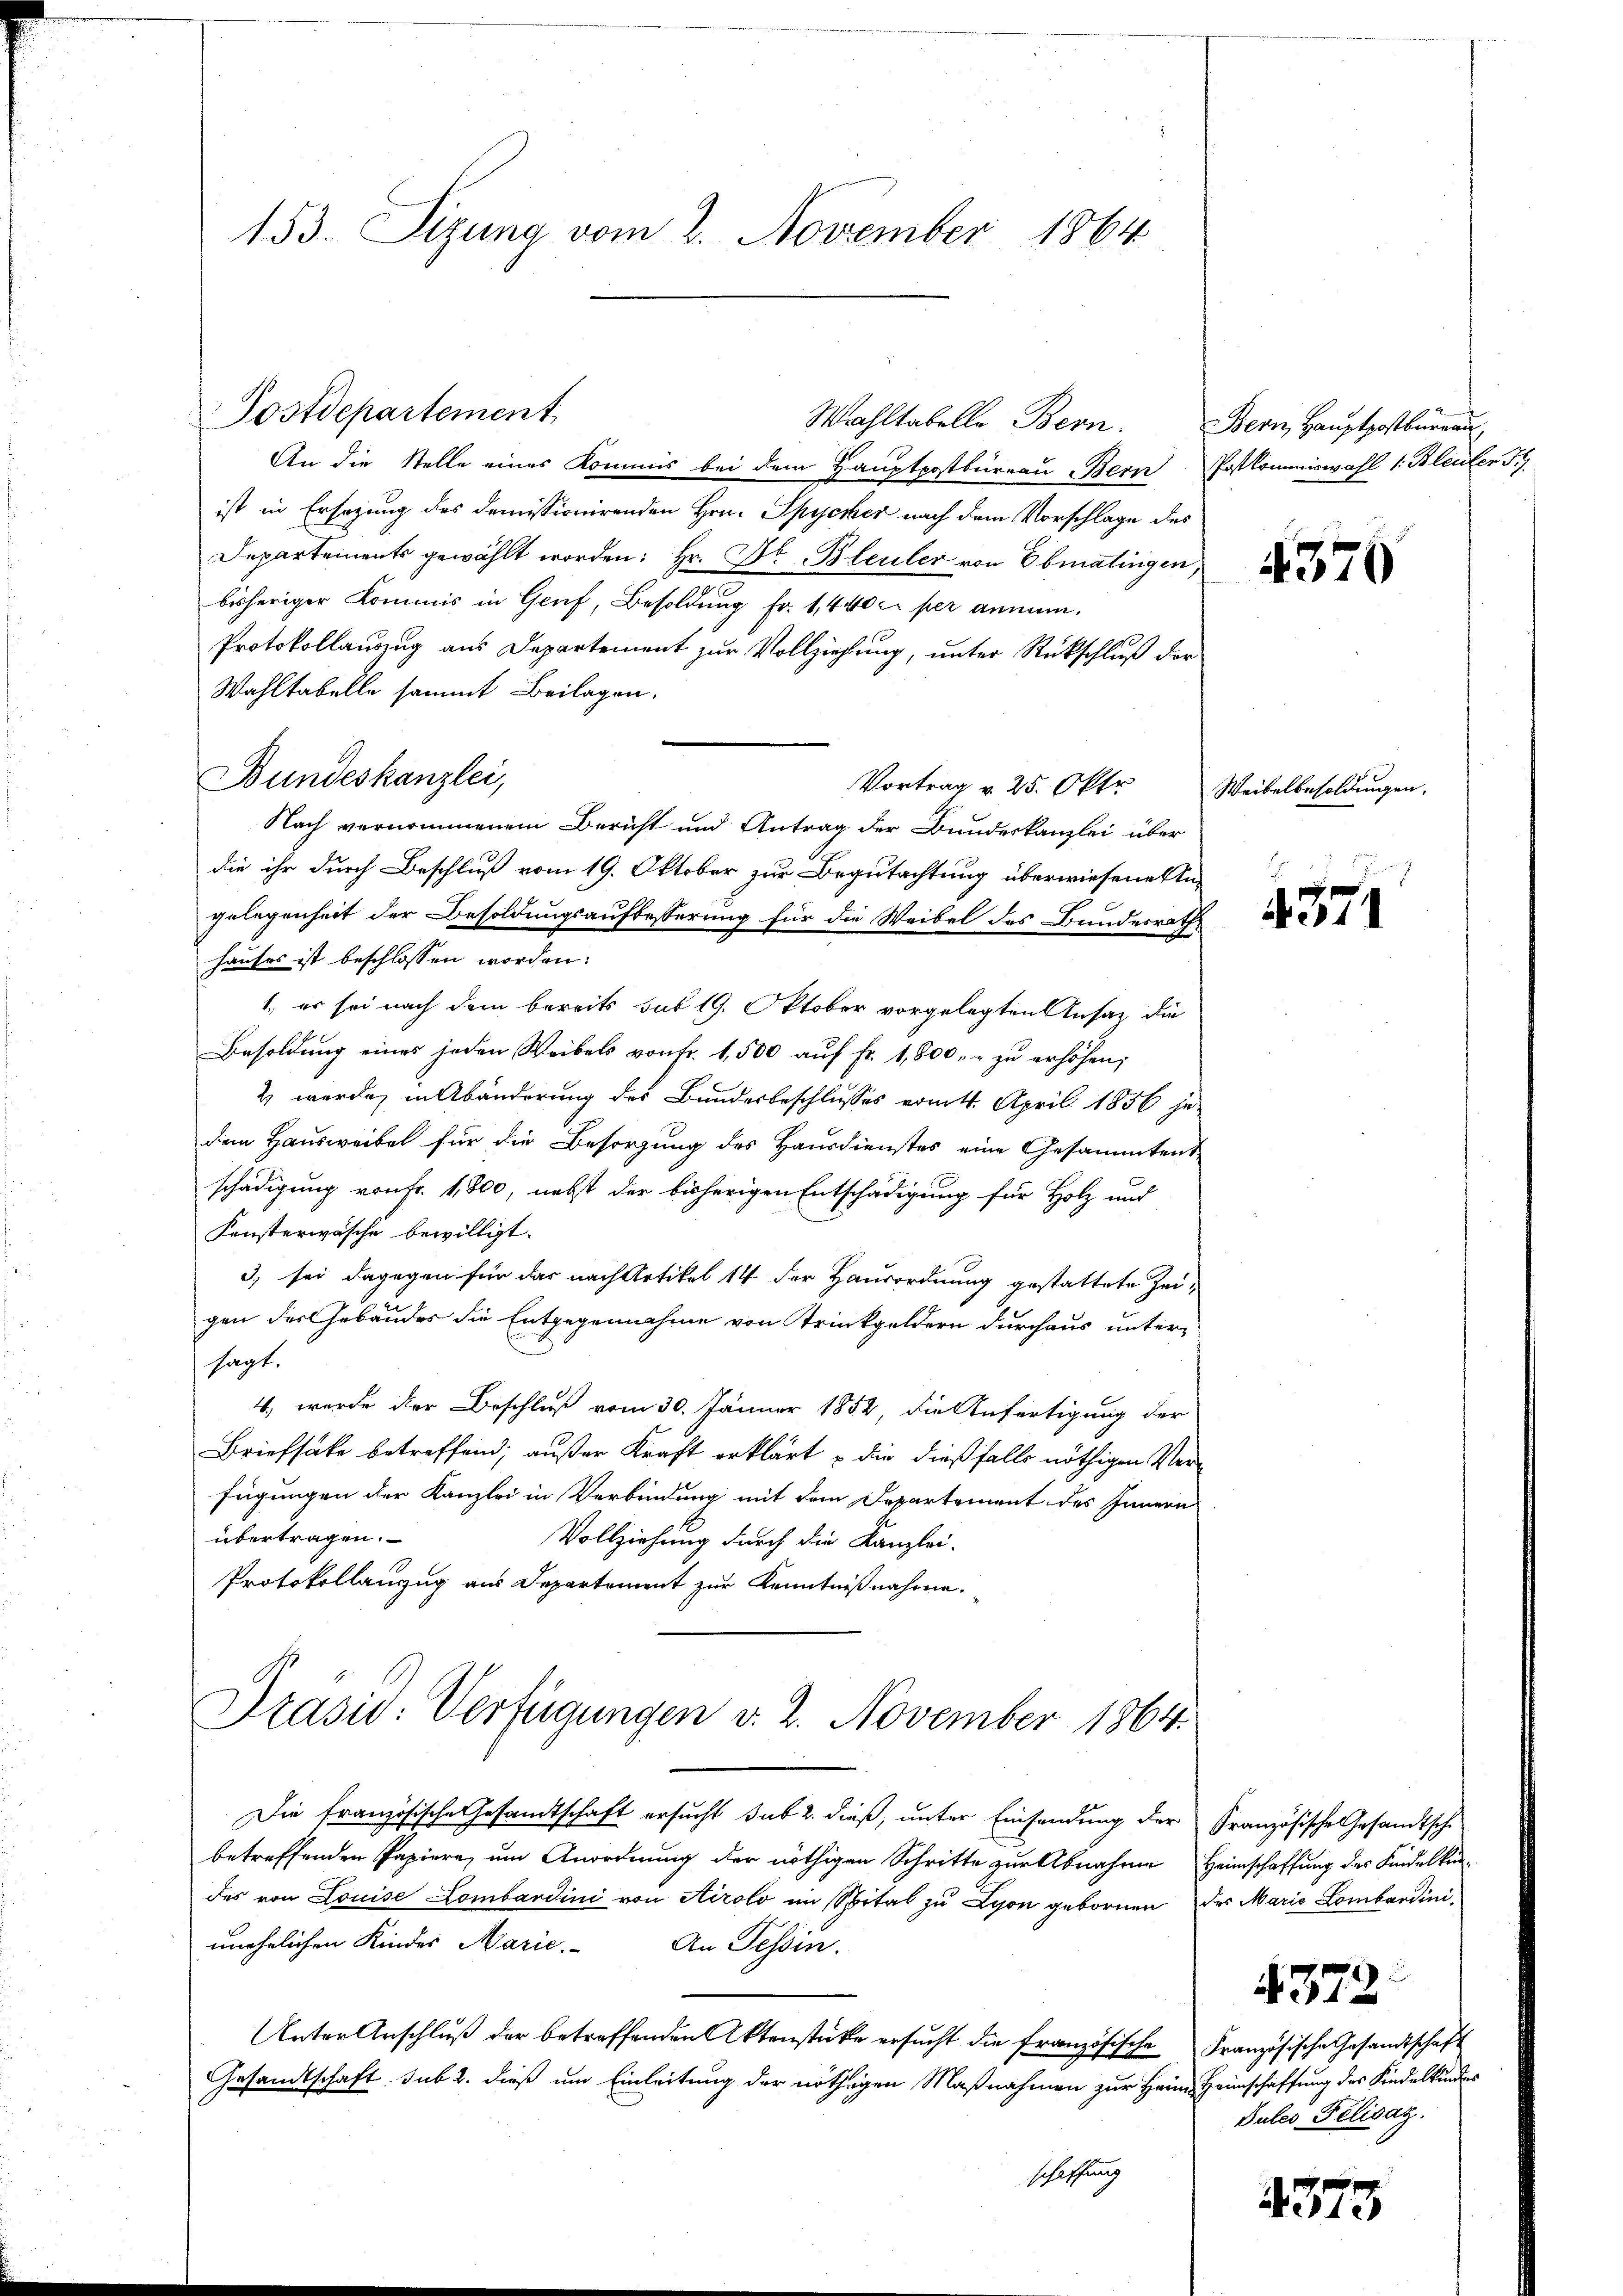
153. Sizung vom 2. November 1864

Wahltabelle Bern.
An die Stelle eines Kommis bei dem Hauptpostbüreau Bern Postkommiswahl 1: Bleuler Fi
ist in Ersezung des domissionirenden Hrn. Spycker nach dem Vorschlage des
Departements gewählt worden: Hr. Dr. Bleuler von Ebmatingen,
bisheriger Kommis in Genf, Besoldung fr. 1,440 c per anmun¬
Protokollauszug aus Departement zur Vollziehung, unter Rückschluß der
Wahltabelle sammt Beilagen.
Vortrag v. 25. Okto
Nach vernommenem Bericht und Antrag der Bundeskanzlei über
die ihr durch Beschluß vom 19. Oktober zur Begutachtung überwiesene Angelegenheit der Besoldungsaufbesserung für die Weibel des Bundesrathe
hauses ist beschlossen worden:
1., er sei nach dem bereits sub 19. Oktober vorgelegten Ansatz die
Besoldŭng eines jeden Weibels von Fr. 1,500 aŭf fr. 1,800. u zŭ erhöhen;
2 werde, in Abänderung des Bundesbeschlusses vom 11. April 1856 je-
dem Hausweibel für die Besorgung des Hausdienstes eine Gesammtent
schädigung von Fr. 1,800, nebst der bisherigen Entschädigung für Holz und
Konsterwäsche bewilligt.
3) sei dagegen für das nach Artikel 14 der Hausordnung gestattete Zeigen des Gebäudes die Entgegennahme von Trinkgeldern durchaus untersagt.
4., wurde der Beschluß vom 30. Jänner 1852, die Anfertigung der
Briefsäke betreffend, außer Kraft erklärt die dießfalls nöthigen Verfügungen der Kanzlei in Verbindung mit dem Departement des Innern
übertragen.
Vollziehung durch die Kanzlei-
Protokollanzug aus Departement zur Kenntnißnahme.

Postdepartement

Bundeskanzlei,

Prasio: Verfügungen v. 2. November 1864.

Die französische Gesandtschaft ersucht sub 2. dieß, unter Einsendung der Französische Gesandtsche
betreffenden Papiere, um Anordnung der nöthigen Schritte zur Abnahme Heimschaffung des Kindelkindes von Louise Lombardini von Airolo im Spital zu Lyon gebornen des Marie Lombardini
unehelichen Kinder Marie.
An Tessin.
Unter Anschluß der betreffenden Aktenstücke ersucht die Französische Französische Gesandtschaft
Gesandtschaft sub 2. dieß um Einleitung der nöthigen Maßnahmen zur Heim Heimschaffung des Kindelkindes
schaffung

Bern, Hauptpostbureau

4376

Weibelbesoldungen.

.
4371

Dules Felisatz.

372.

4373